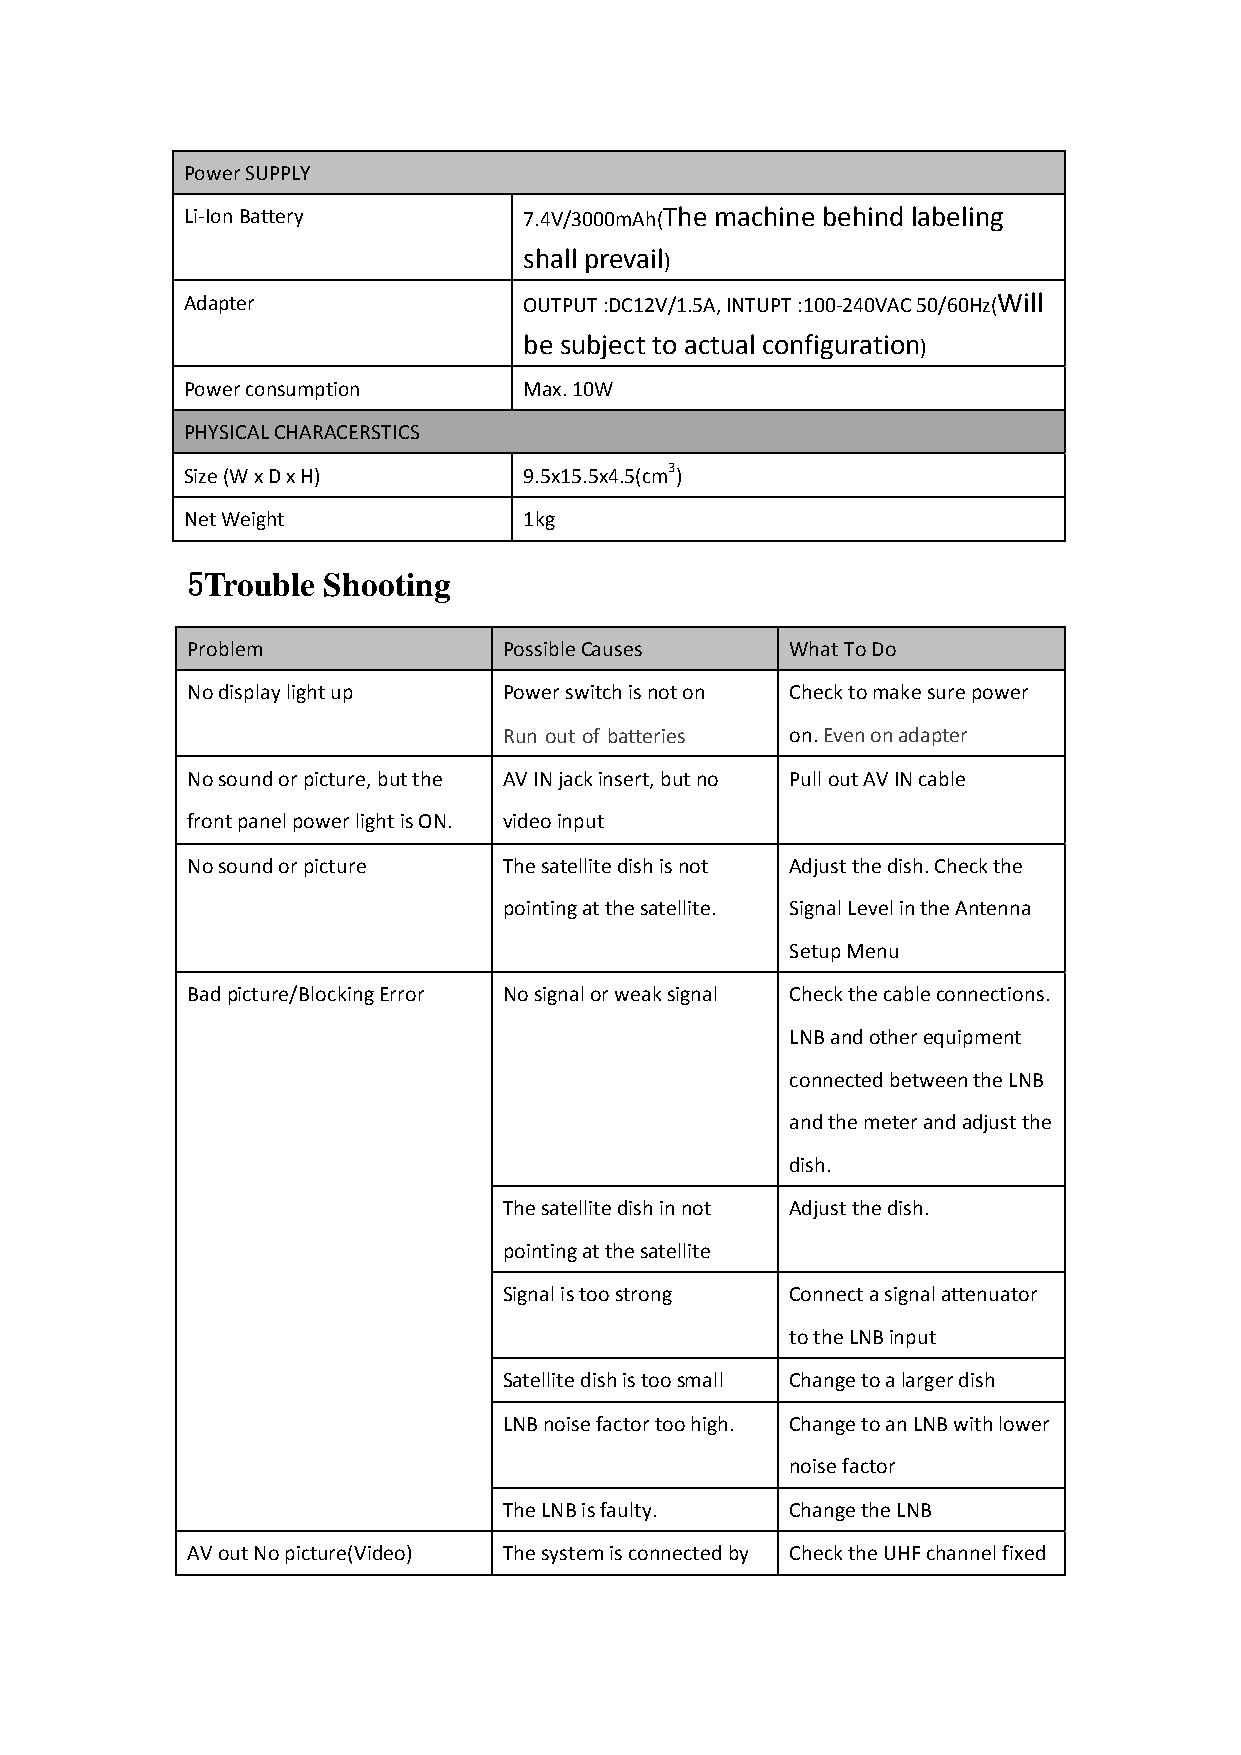
Power SUPPLY
 Li‐Ion Battery         7.4V/3000mAh(The machine behind labeling
 shall prevail)
 Adapter                OUTPUT :DC12V/1.5A, INTUPT :100‐240VAC 50/60Hz(Will
 be subject to actual configuration)
 Power consumption      Max. 10W
 PHYSICAL CHARACERSTICS
 Size (W x D x H)       9.5x15.5x4.5(cm3)
 Net Weight             1kg
 5Trouble Shooting
 Problem              Possible Causes    What To Do
 No display light up  Power switch is not on Check to make sure power
 Run out of batteries on. Even on adapter
 No sound or picture, but the AV IN jack insert, but no Pull out AV IN cable
 front panel power light is ON. video input
 No sound or picture  The satellite dish is not Adjust the dish. Check the
 pointing at the satellite. Signal Level in the Antenna
 Setup Menu
 Bad picture/Blocking Error No signal or weak signal Check the cable connections.
 LNB and other equipment
 connected between the LNB
 and the meter and adjust the
 dish.
 The satellite dish in not Adjust the dish.
 pointing at the satellite
 Signal is too strong Connect a signal attenuator
 to the LNB input
 Satellite dish is too small Change to a larger dish
 LNB noise factor too high. Change to an LNB with lower
 noise factor
 The LNB is faulty. Change the LNB
 AV out No picture(Video) The system is connected by Check the UHF channel fixed